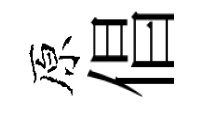
原倡